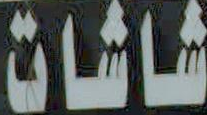
شاشات